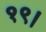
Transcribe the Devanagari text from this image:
१९।